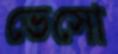
ভেসো